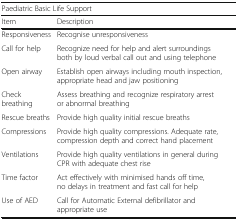
<table><thead><tr><td colspan="2"><b>Paediatric Basic Life Support</b></td></tr><tr><td><b>Item</b></td><td><b>Description</b></td></tr></thead><tbody><tr><td>Responsiveness</td><td>Recognise unresponsiveness</td></tr><tr><td>Call for help</td><td>Recognize need for help and alert surroundings both by loud verbal call out and using telephone</td></tr><tr><td>Open airway</td><td>Establish open airways including mouth inspection, appropriate head and jaw positioning</td></tr><tr><td>Check breathing</td><td>Assess breathing and recognize respiratory arrest or abnormal breathing</td></tr><tr><td>Rescue breaths</td><td>Provide high quality initial rescue breaths</td></tr><tr><td>Compressions</td><td>Provide high quality compressions. Adequate rate, compression depth and correct hand placement</td></tr><tr><td>Ventilations</td><td>Provide high quality ventilations in general during CPR with adequate chest rise</td></tr><tr><td>Time factor</td><td>Act effectively with minimised hands off time, no delays in treatment and fast call for help</td></tr><tr><td>Use of AED</td><td>Call for Automatic External defibrillator and appropriate use</td></tr></tbody></table>